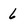
Character: 6